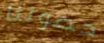
حصولنا